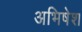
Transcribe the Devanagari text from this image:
अभिषेश